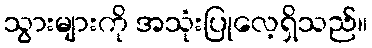
သွားများကို အသုံးပြုလေ့ရှိသည်။